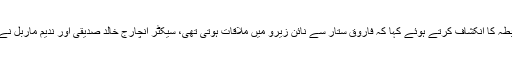
یوسف عرف ٹھیلے والا نے دوران تفتیش سابق رہنما ایم کیو ایم پاکستان فاروق ستار سے رابطہ کا انکشاف کرتے ہوئے کہا کہ فاروق ستار سے نائن زیرو میں ملاقات ہوتی تھی، سیکٹر انچارج خالد صدیقی اور ندیم ماربل نے فاروق ستار سے ملاقات کروائی، 90ء میں رہائش کا بندوبست فاروق ستار کرواتے تھے۔